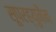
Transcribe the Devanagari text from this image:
सूपरह्युमैन